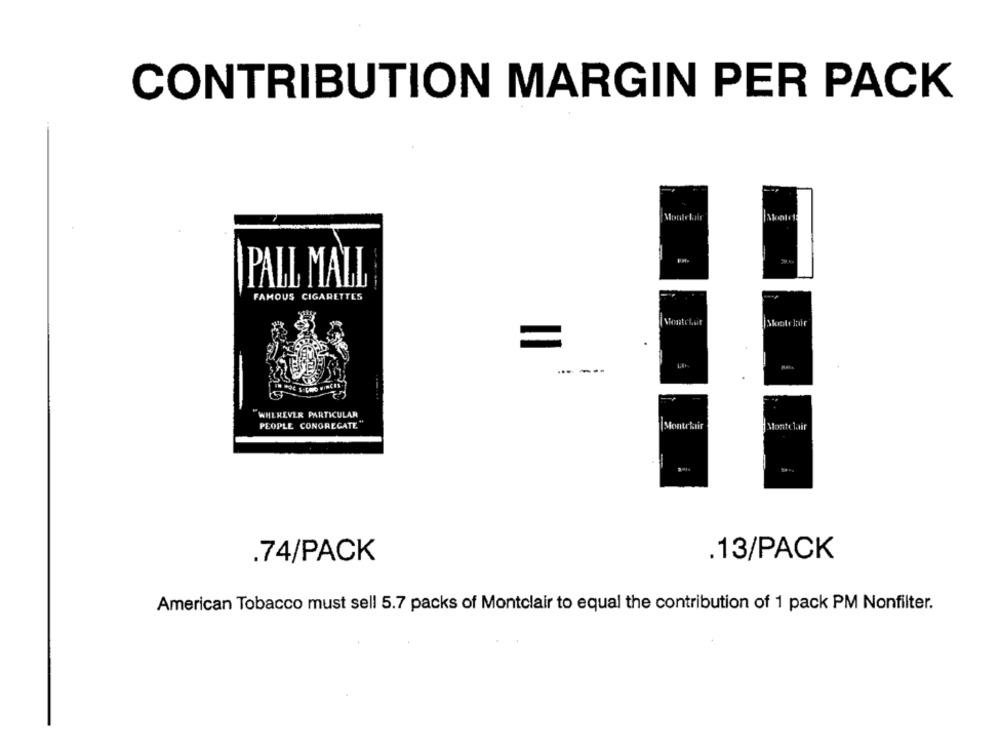
CONTRIBUTION MARGIN PER PACK
PALL MALL
FAMOUS CIGARETTES
Shootclair
=
---
WHEREVER PARTICULAR
PEOPLE CONGREGATE
Montrbir
Montclair
.13/PACK
.74/PACK
American Tobacco must sell 5.7 packs of Montclair to equal the contribution of 1 pack PM Nonfilter.